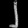
Digit: ၂